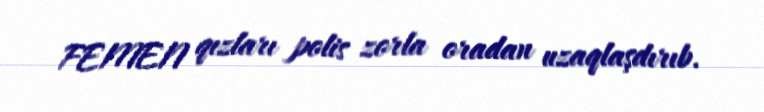
FEMEN qızları polis zorla oradan uzaqlaşdırıb.